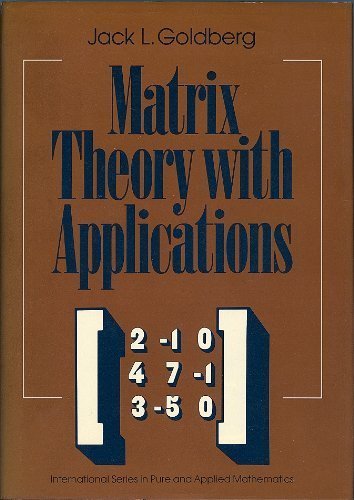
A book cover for Matrix Theory With Applications (International Series in Pure and Applied Mathematics); Jack L. Goldberg; Science & Math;